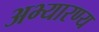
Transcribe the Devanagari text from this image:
अभ्यारण्‍य